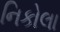
નિકોલા